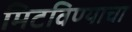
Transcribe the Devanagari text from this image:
मिटविण्याचा